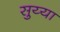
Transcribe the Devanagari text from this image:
सुय्या